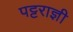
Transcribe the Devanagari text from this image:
पट्टराज्ञी